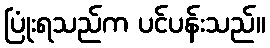
ပြုံးရသည်က ပင်ပန်းသည်။